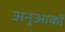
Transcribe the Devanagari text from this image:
अनुआकों